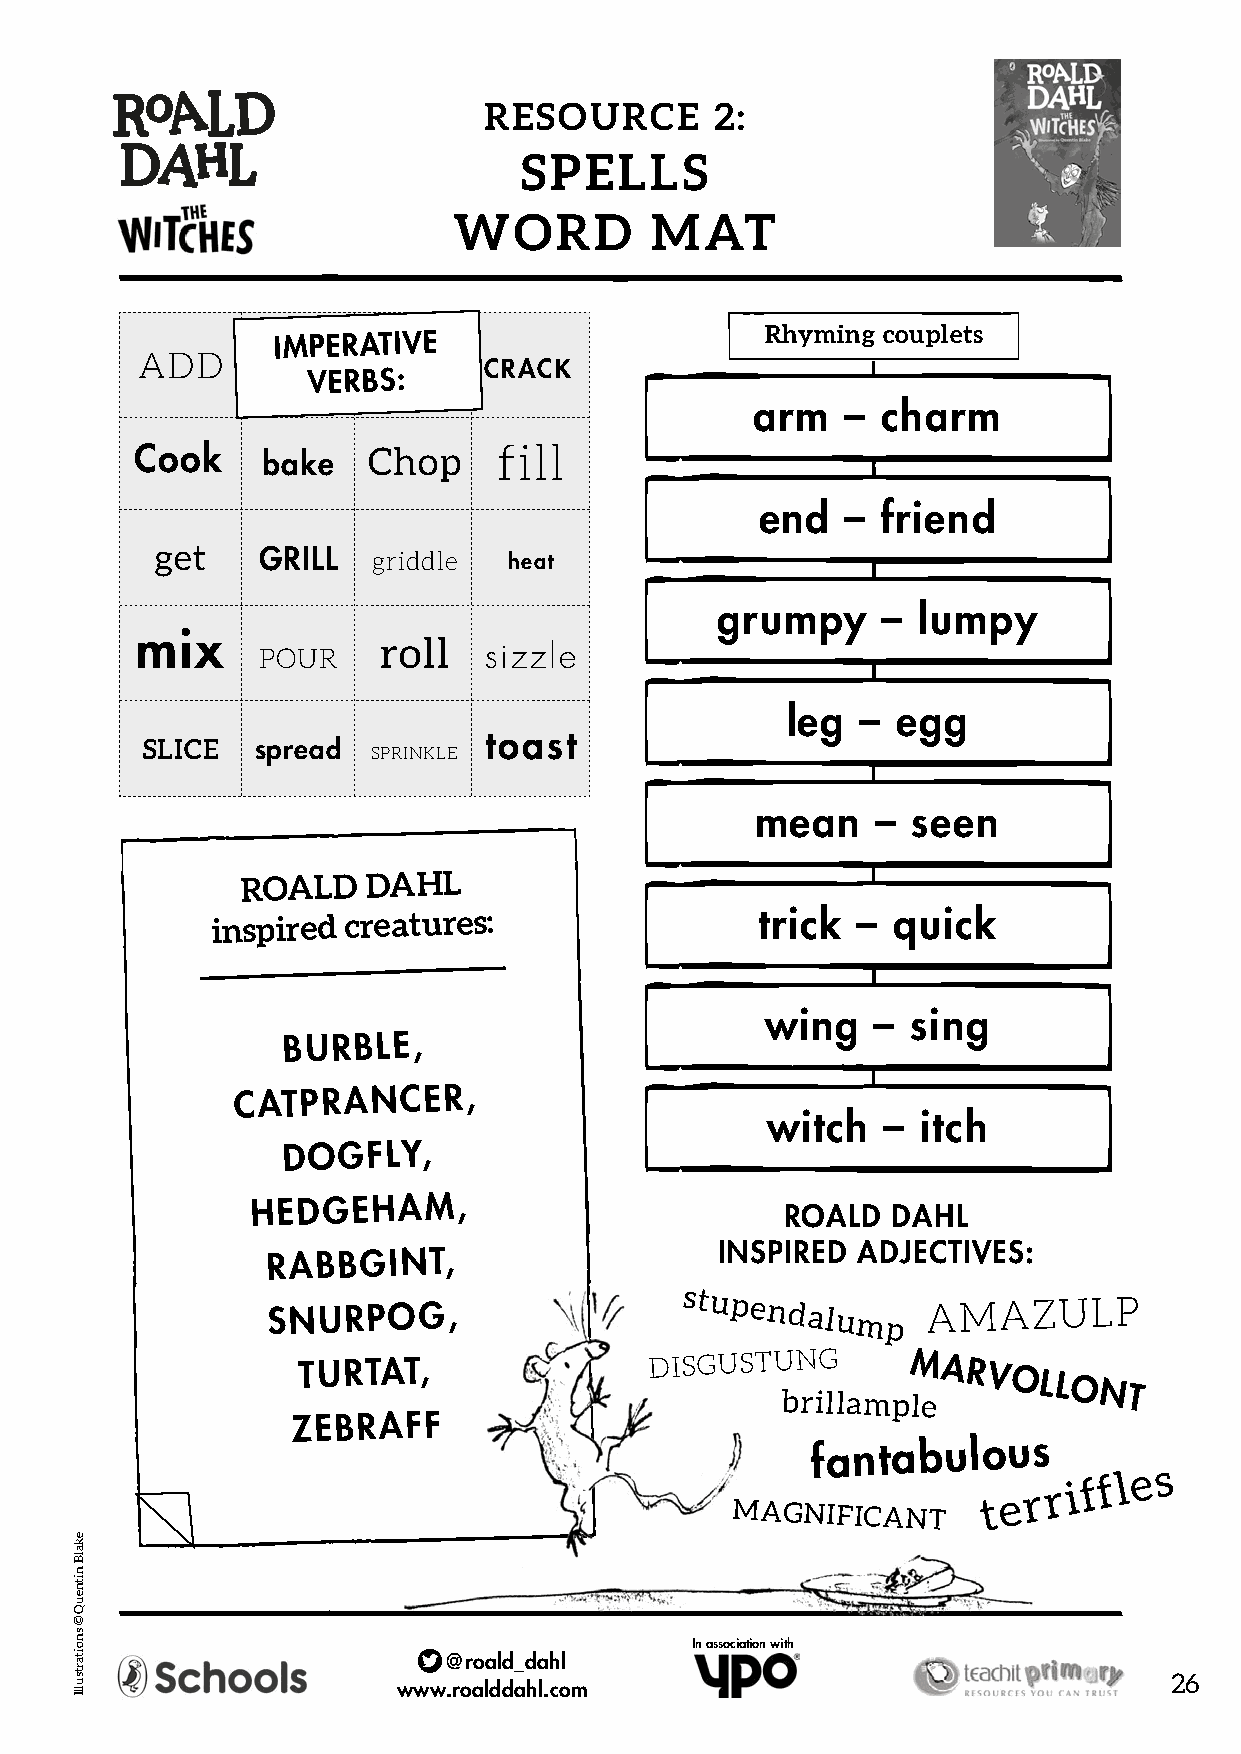
RESOURCE       2:
 SPELLS
 WORD         MAT
 Rhyming couplets
 IMPERATIVE
 ADD
 CRACK
 VERBS:
 arm   – charm
 Cook           Chop     fill
 bake
 end   – friend
 get    GRILL   griddle  heat
 grumpy     –  lumpy
 mix             roll
 POUR           sizzle
 leg  – egg
 SLICE   spread         toast
 SPRINKLE
 mean    – seen
 ROALD   DAHL
 inspired creatures:                 trick  – quick
 wing   – sing
 BURBLE,
 CATPRANCER,
 witch  –  itch
 DOGFLY,
 HEDGEHAM,
 ROALD  DAHL
 INSPIRED  ADJECTIVES:
 RABBGINT,
 SNURPOG,
 stupendalump
 AMAZULP
 TURTAT,                DISGUSTU bN riG llampM leARVOLLONT
 ZEBRAFF
 fantabulous
 MAGNIFICANT      t e r r i f f l e s
 In association with
 @roald_dahl
 26
 www.roalddahl.com
 ekalB
 nitneuQ
 ©
 snoitartsullI